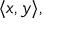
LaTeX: \langle x , y \rangle ,